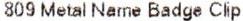
809 METAL NAME BADGE CLIP